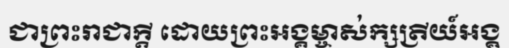
ជាព្រះរាជាក្តី ដោយព្រះអង្គម្ចាស់ក្សត្រីយ៍អង្គ